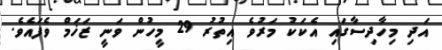
އަދި މިހާދިސާގައި އެކަކު މަރުވެ އިތުރު 29 މީހުން ވަނީ ޒަޚަމް ވެފައެވެ.